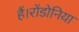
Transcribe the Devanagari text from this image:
हैं।रोंडोनिया